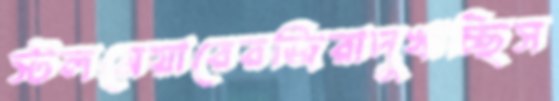
স্টলমেয়ারেরজিরাদুখাচ্ছিস